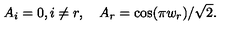
A _ { i } = 0 , i \neq r , \quad A _ { r } = \cos ( \pi w _ { r } ) / \sqrt { 2 } .